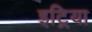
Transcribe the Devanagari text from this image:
इट्रिया